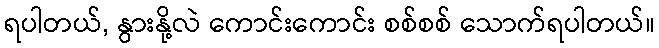
ရပါတယ်, နွားနို့လဲ ကောင်းကောင်း စစ်စစ် သောက်ရပါတယ်။